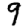
Digit: 9